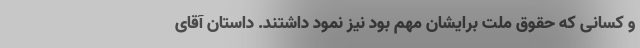
و کسانی که حقوق ملت برایشان مهم بود نیز نمود داشتند. داستان آقای